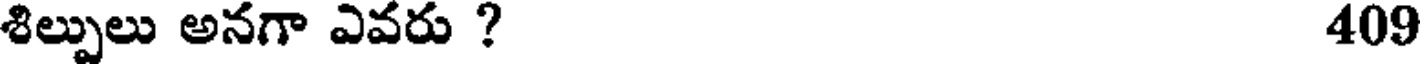
శిల్పులు అనగా ఎవరు ? 409